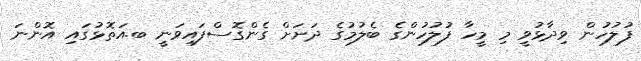
ފުލުހުން ވިދާޅުވީ މި މީހާ ފުލުހުންގެ ބެލުމުގެ ދަށަށް ގެންގޮސްފައިވަނީ ބ.އަތޮޅުގައި އޮންނަ